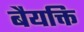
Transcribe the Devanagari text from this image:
बैयक्ति